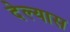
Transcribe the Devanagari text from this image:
देल्यास